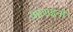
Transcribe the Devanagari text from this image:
आराइनों